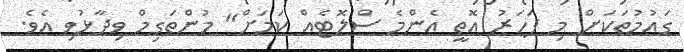
ގައުމުތަކަށް މި ފަހަރު އޮތީ އެންމެ ސްލޮޓެއް ކަމަށް" މުންތަގިމް ވިދާޅުވި އެވެ.